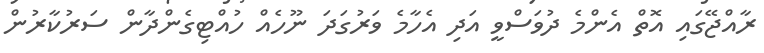
ރާއްޖޭގައި އޮތް އެންމެ ދުވަސްވީ އަދި އެހާމެ ވަރުގަދަ ނޫހެއް ހުއްޓިގެންދާން ސަރުކާރުން